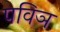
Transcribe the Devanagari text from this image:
पविञ